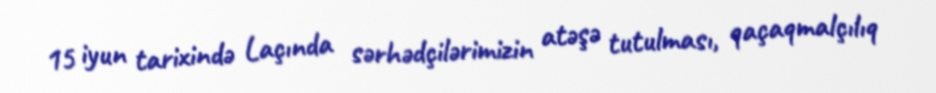
15 iyun tarixində Laçında sərhədçilərimizin atəşə tutulması, qaçaqmalçılıq